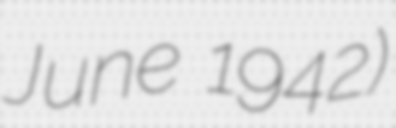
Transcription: June 1942)